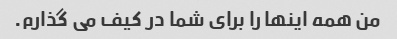
من همه اینها را برای شما در کیف می گذارم.